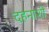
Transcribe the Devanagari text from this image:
दहनाशी